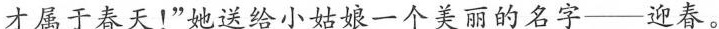
才属于春天！”她送给小姑娘一个美丽的名字——迎春。